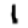
Digit: 1